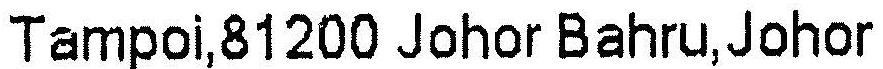
TAMPOI,81200 JOHOR BAHRU,JOHOR